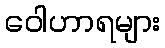
ဝေါဟာရများ